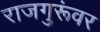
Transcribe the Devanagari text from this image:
राजगुरूंवर